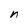
Character: n